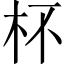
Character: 杯